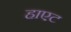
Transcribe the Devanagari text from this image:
हाएट